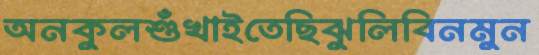
অনকুলশুঁখাইতেছিঝুলিবিনমুন